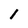
Character: 1